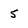
Character: 5